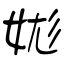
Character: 娏